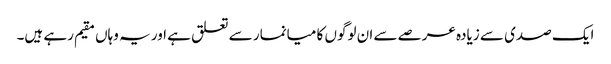
ایک صدی سے زیادہ عرصے سے ان لوگوں کا میانمار سے تعلق ہے اور یہ وہاں مقیم رہے ہیں۔